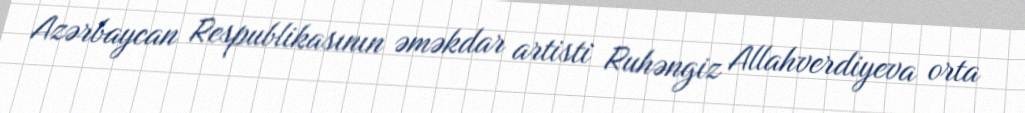
Azərbaycan Respublikasının əməkdar artisti Ruhəngiz Allahverdiyeva orta